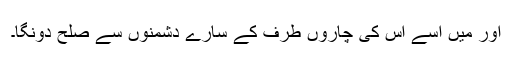
اور میں اُسے اُس کی چاروں طرف کے سارے دشمنوں سے صُلح دونگا۔